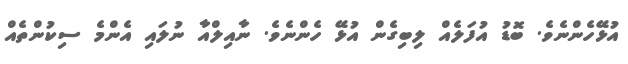
އުޅޭހެންނެވެ. ބޮޑު އުފަލެއް ލިބިގެން އުޅޭ ހެންނެވެ. ނާއިލްއާ ނުލައި އެންމެ ސިކުންތެއް